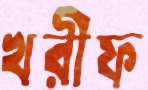
খরীফ